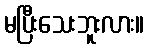
မပြီးသေးဘူးလား။